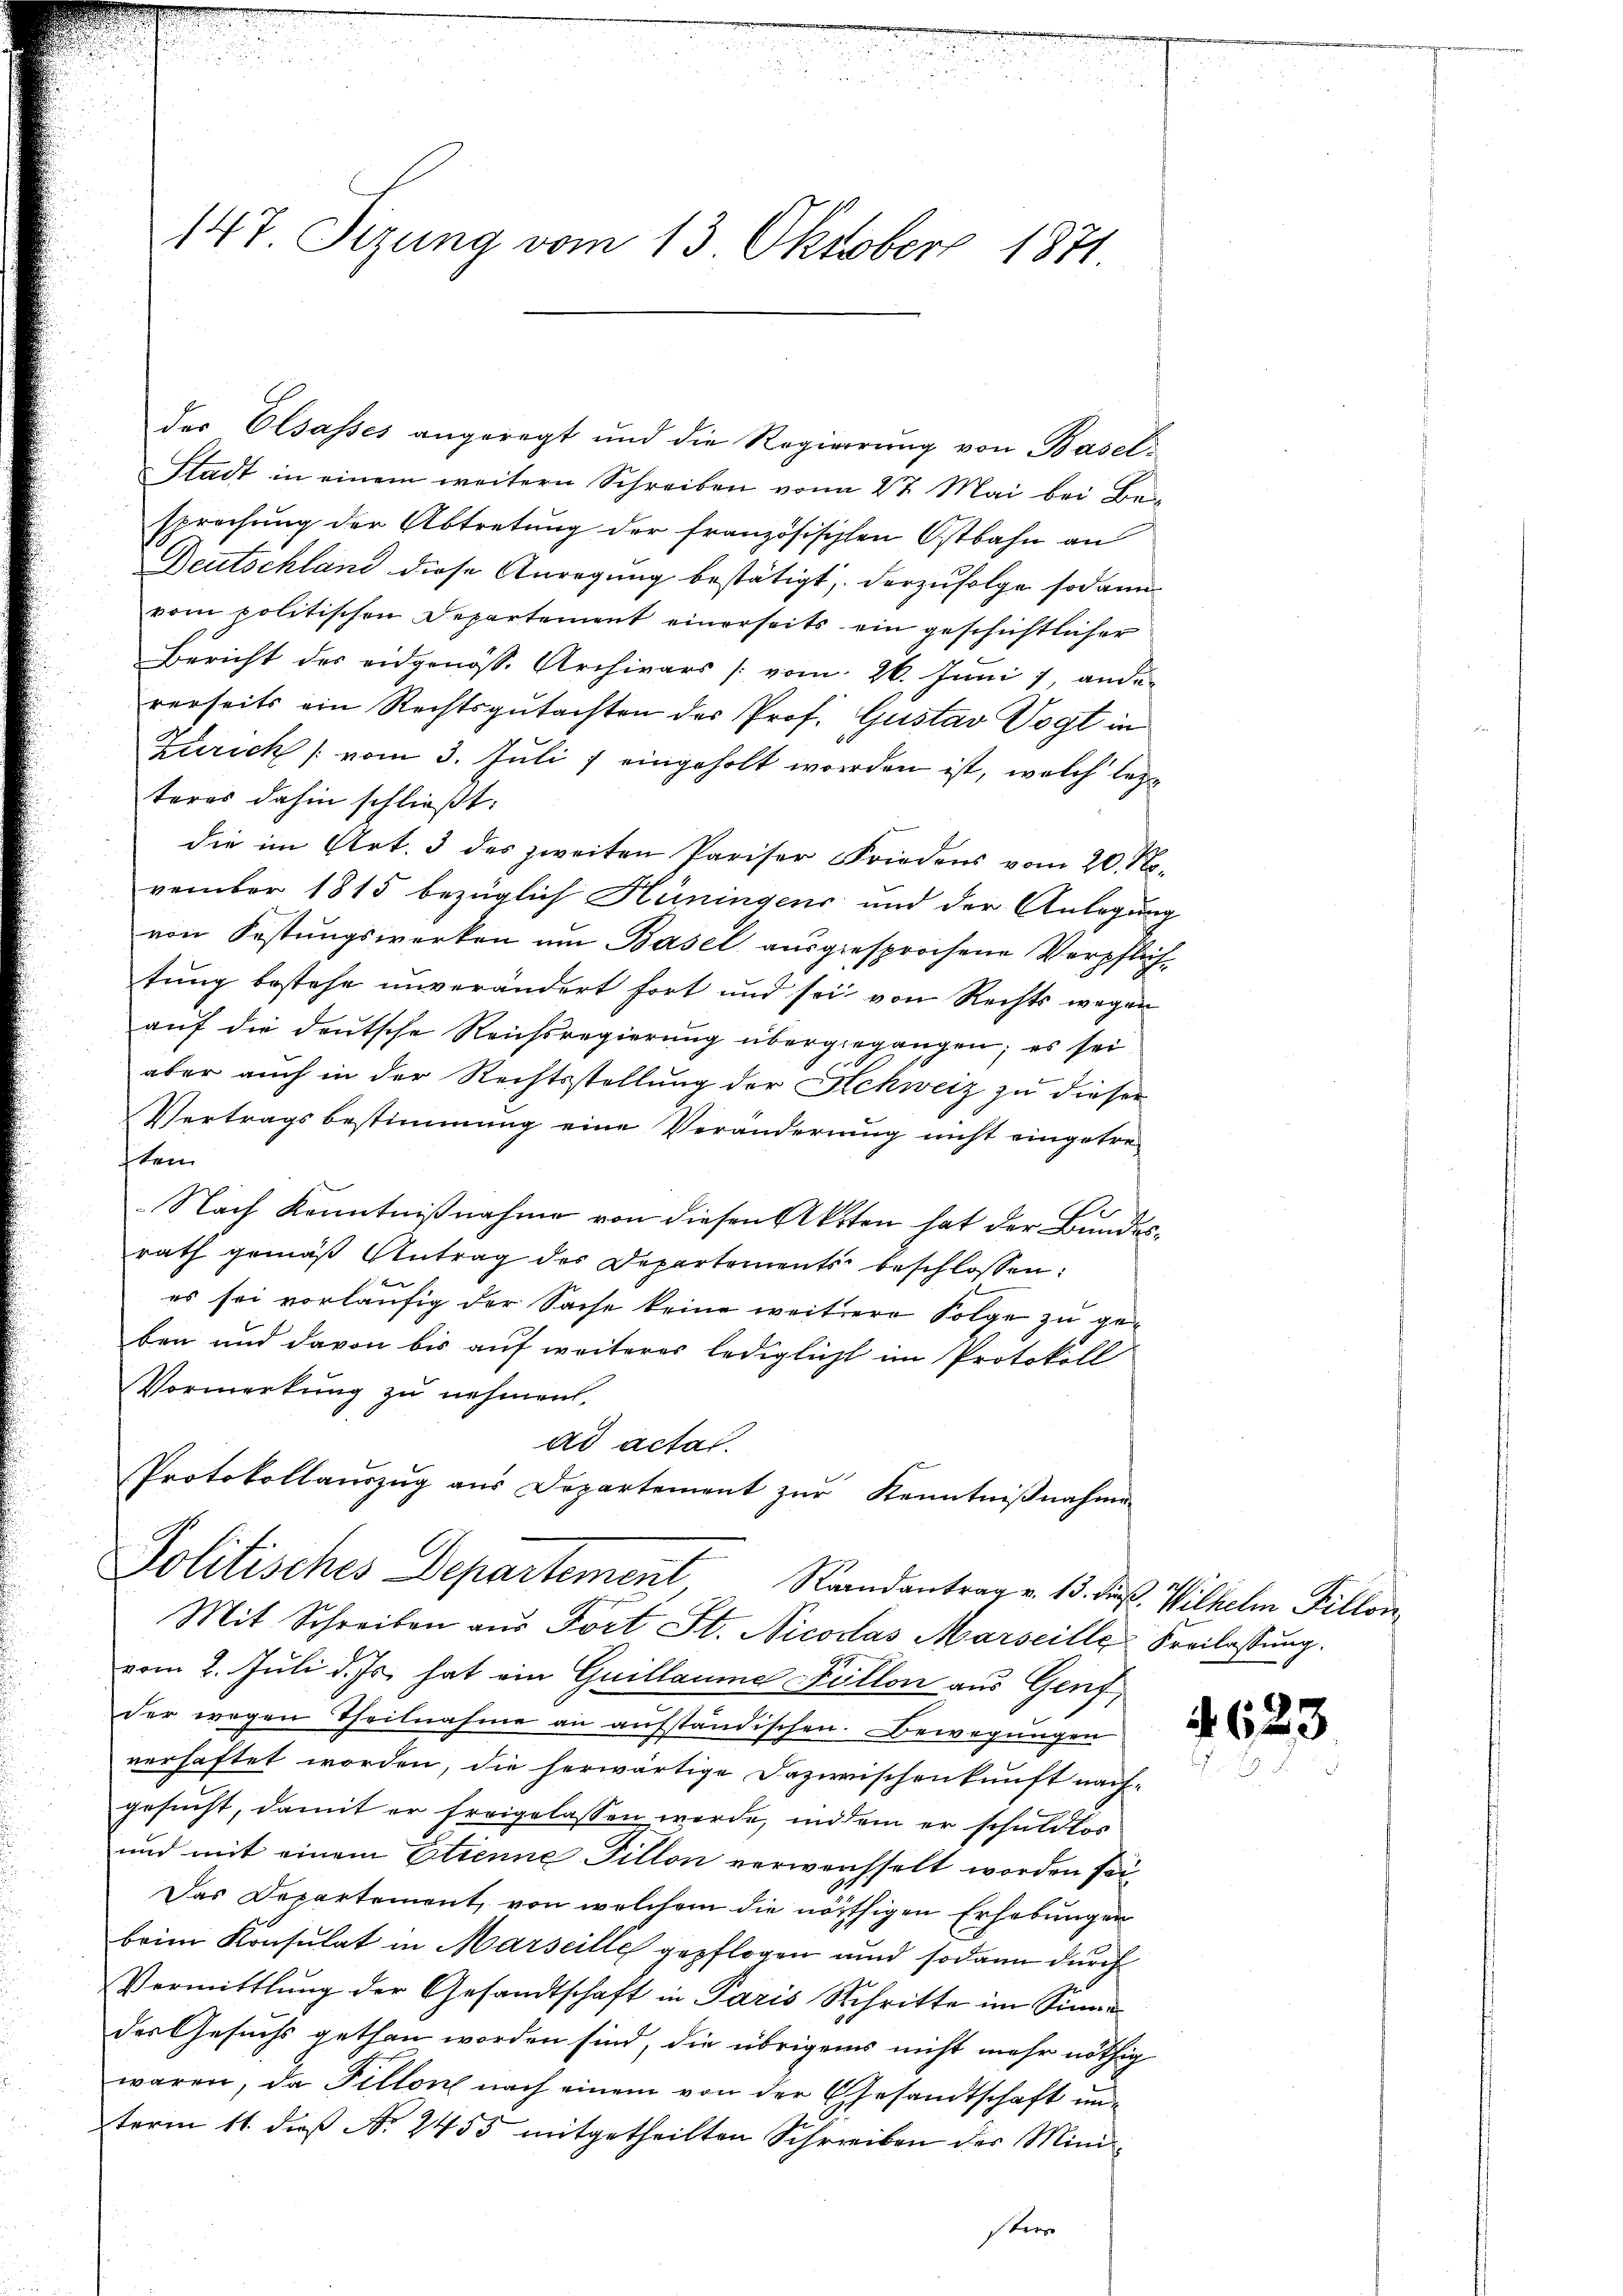
147 Sizung vom 13. Oktober 1871.

der Elsasses angeregt und die Regierung von Basel¬
Stadt in einem weitern Schreiben von 27. Mai bei Be
sprechung der Abtretung der französischen Ostbahn an
Deutschland diese Anregung bestätigt, derzufolge sodann
vom politischen Departement einerseits ein geschichtlicher
Bericht des eidgenöss. Archivars (vom 26. Juni /, ander
rerseits ein Rechtsgutachten der Prof. Gustav Vogt in
Zürich (vom 3. Juli / eingeholt worden ist, welch letzteres dahin schließt:
die im Art. 3 des zweiten Pariser Friedens vom 20. November 1815 bezüglich Hüningens und der Anlegung
von Festungswerken um Basel ausgesprochene Verpflichtung bestehe unverändert fort und sei von Rechts wegen
auf die deutsche Reichsregierung übergegangen; es sei
aber auch in der Rechtsstellung der Schweiz zu dieser
Vertragsbestimmung eine Veränderung nicht eingetre-
ten
Nach Kenntnißnahme von diesen Akten hat der Bundesrath gemäß Antrag des Departements beschlossen:
es sei vorläufig der Sache keine weitere Folge zu geben und davon bis auf weiterer lediglicht im Protokoll
Vormerkung zu nehmen.
ad actat.
Protokollauszug aus Departement zŭr Kenntnißnahme
Politisches Departement, Randantrag v. 15. dieß. Wilhelm Pillon
Mit Schreiben aus Port St. Nicodas Marseille Freilassung.
vom 2. Juli d. Js. hat ein Guillaume Fillon aus Genf,
der wegen Theilnahme an aufständischen. Bewegungen
verhaftet worden, die herwärtige Dazwischenkunft nach-
gesucht, damit er freigelassen werde, inddem er schuldlos
und mit einem Etienne Fillon verweichselt worden sei
Das Departement, von welchem die nöthigen Erhebungen
beim Konsulat in Marseille gepflogen und sodann durch
Vermittlung der Gesandtschaft in Paris Schritte im Sinne
des Gesuchs gethan worden sind, die übrigens nicht mehr nöthig
waren, da Fillone nach einem von der Gesandtschaft unterm 11. daß No. 2455 mitgetheilten Schreiben der Mini-
steen

4623